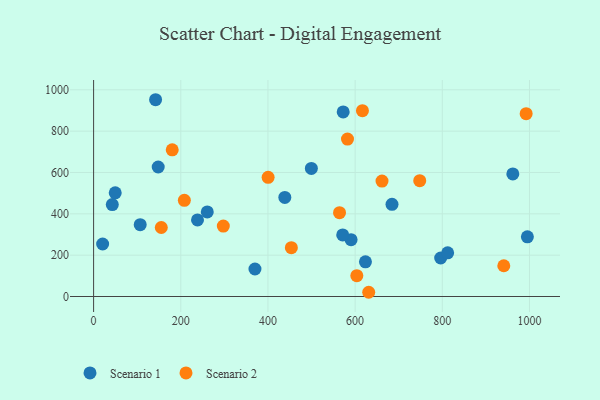
{"axis": {"x": "Study Hours", "y": "Demand"}, "legend": ["Scenario 1", "Scenario 2"], "data": [{"x": "590.7", "y": 275.0, "type": "Scenario 1"}, {"x": "148.2", "y": 626.4, "type": "Scenario 1"}, {"x": "499.6", "y": 619.6, "type": "Scenario 1"}, {"x": "623.7", "y": 167.8, "type": "Scenario 1"}, {"x": "49.6", "y": 501.6, "type": "Scenario 1"}, {"x": "684.6", "y": 446.0, "type": "Scenario 1"}, {"x": "961.8", "y": 593.1, "type": "Scenario 1"}, {"x": "438.7", "y": 479.4, "type": "Scenario 1"}, {"x": "260.8", "y": 409.2, "type": "Scenario 1"}, {"x": "370.2", "y": 133.0, "type": "Scenario 1"}, {"x": "572.6", "y": 893.1, "type": "Scenario 1"}, {"x": "20.7", "y": 254.1, "type": "Scenario 1"}, {"x": "995.2", "y": 288.6, "type": "Scenario 1"}, {"x": "238.4", "y": 370.3, "type": "Scenario 1"}, {"x": "42.9", "y": 444.6, "type": "Scenario 1"}, {"x": "106.9", "y": 347.6, "type": "Scenario 1"}, {"x": "571.5", "y": 298.1, "type": "Scenario 1"}, {"x": "796.3", "y": 186.4, "type": "Scenario 1"}, {"x": "812.3", "y": 211.2, "type": "Scenario 1"}, {"x": "142.2", "y": 951.9, "type": "Scenario 1"}, {"x": "582.5", "y": 761.5, "type": "Scenario 2"}, {"x": "180.4", "y": 709.6, "type": "Scenario 2"}, {"x": "564.2", "y": 405.7, "type": "Scenario 2"}, {"x": "661.7", "y": 558.2, "type": "Scenario 2"}, {"x": "297.6", "y": 340.5, "type": "Scenario 2"}, {"x": "208.2", "y": 465.1, "type": "Scenario 2"}, {"x": "941.1", "y": 148.8, "type": "Scenario 2"}, {"x": "992.4", "y": 884.3, "type": "Scenario 2"}, {"x": "748.2", "y": 560.5, "type": "Scenario 2"}, {"x": "603.9", "y": 101.0, "type": "Scenario 2"}, {"x": "400.4", "y": 576.3, "type": "Scenario 2"}, {"x": "155.3", "y": 333.9, "type": "Scenario 2"}, {"x": "616.8", "y": 899.1, "type": "Scenario 2"}, {"x": "453.7", "y": 236.1, "type": "Scenario 2"}, {"x": "631.2", "y": 20.5, "type": "Scenario 2"}]}